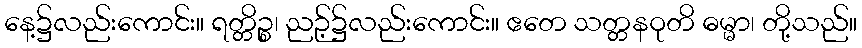
နေ့၌လည်းကောင်း။ ရတ္တိဉ္စ၊ ညဉ့်၌လည်းကောင်း။ ဧတေ သတ္တနဝုတိ ဓမ္မာ၊ တို့သည်။